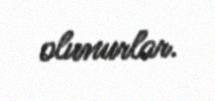
olunurlar.